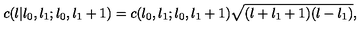
c ( l | l _ { 0 } , l _ { 1 } ; l _ { 0 } , l _ { 1 } + 1 ) = c ( l _ { 0 } , l _ { 1 } ; l _ { 0 } , l _ { 1 } + 1 ) \sqrt { ( l + l _ { 1 } + 1 ) ( l - l _ { 1 } ) } ,